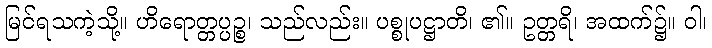
မြင်ရသကဲ့သို့။ ဟိရောတ္တပ္ပဉ္စ၊ သည်လည်း။ ပစ္စုပဋ္ဌာတိ၊ ၏။ ဥတ္တရိ၊ အထက်၌။ ဝါ၊